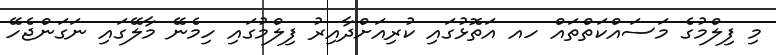
މި ފިލްމުގެ މަސައްކަތްތައް ހއ އަތޮޅުގައި ކުރިއަށްދާއިރު ފިލްމުގައި ހިމެނޭ މާލޭގައި ނަގަންޖެހޭ